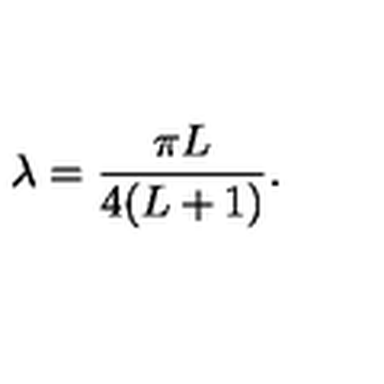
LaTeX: \lambda = \frac { \pi L } { 4 ( L + 1 ) } .